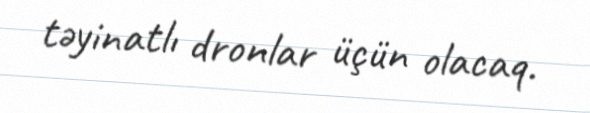
təyinatlı dronlar üçün olacaq.